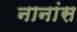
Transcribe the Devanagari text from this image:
नानांस